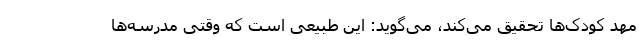
مهد کودک‌ها تحقیق می‌کند، می‌گوید: این طبیعی است که وقتی مدرسه‌ها